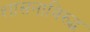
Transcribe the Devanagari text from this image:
शासनाविरुद्ध